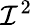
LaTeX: \mathcal{I}^{2}